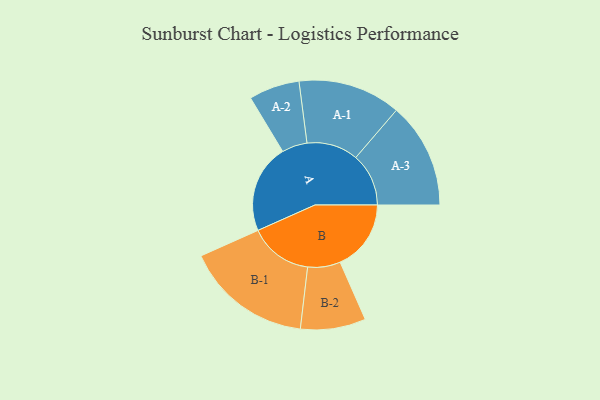
{"axis": {"x": "Segment", "y": "Value"}, "legend": ["", "A", "B"], "data": [{"x": "A", "y": 378, "type": ""}, {"x": "B", "y": 302, "type": ""}, {"x": "A-1", "y": 219, "type": "A"}, {"x": "A-2", "y": 108, "type": "A"}, {"x": "A-3", "y": 225, "type": "A"}, {"x": "B-1", "y": 270, "type": "B"}, {"x": "B-2", "y": 139, "type": "B"}]}